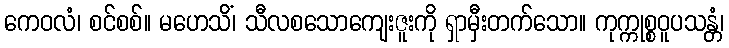
ကေဝလံ၊ စင်စစ်။ မဟေသိံ၊ သီလစသောကျေးဇူးကို ရှာမှီးတက်သော။ ကုက္ကုစ္စဝူပသန္တံ၊